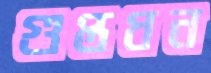
গুপ্তধন